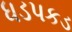
ધડપકડ